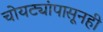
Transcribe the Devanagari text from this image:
चोयट्यांपासूनही